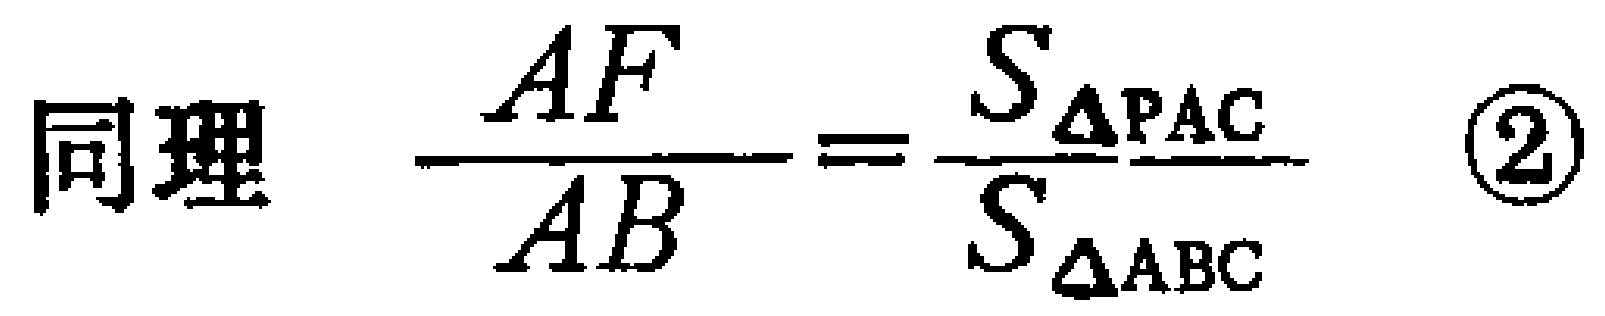
同理 $\dfrac{AF}{AB}=\dfrac{S_{\triangle PAC}}{S_{\triangle ABC}}$ \textcircled{2}